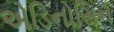
એડિનોસિન